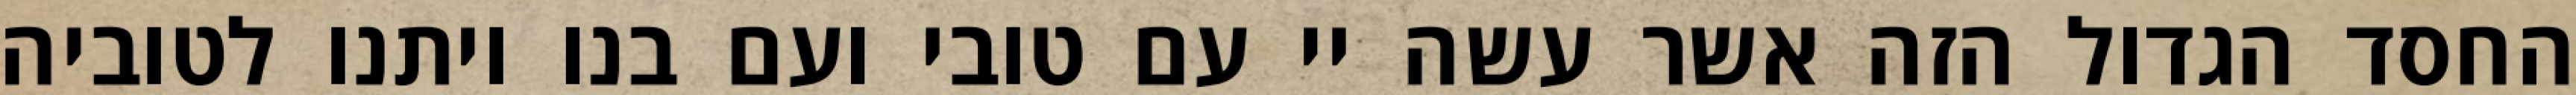
החסד הגדול הזה אשר עשה יי עם טובי ועם בנו ויתנו לטוביה